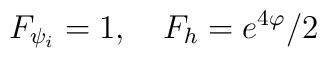
F_{\psi _i}=1,\quad F_h=e^{4\varphi }/2